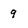
Character: 9